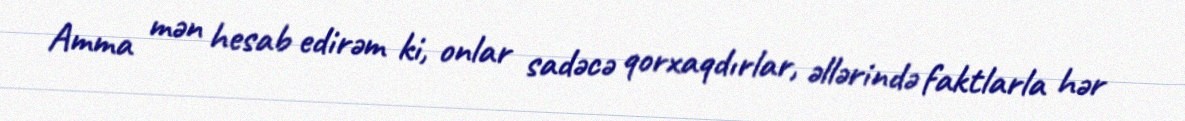
Amma mən hesab edirəm ki, onlar sadəcə qorxaqdırlar, əllərində faktlarla hər